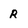
Character: r